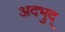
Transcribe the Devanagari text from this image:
अदभुद्